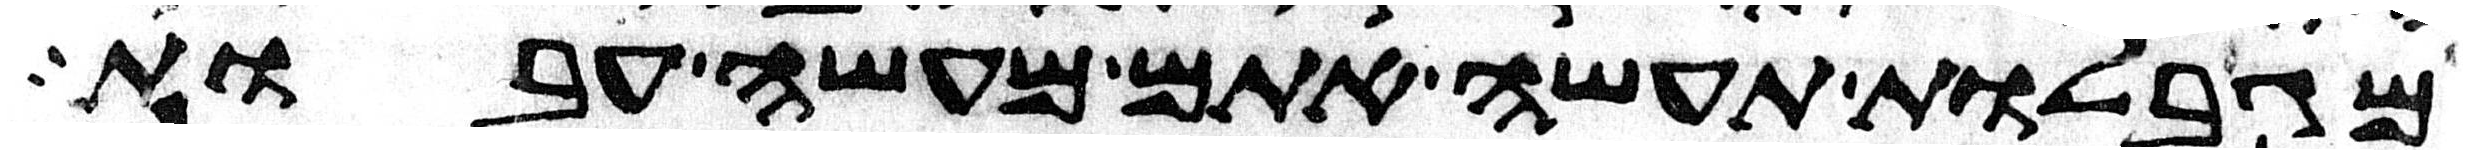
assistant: מגבלות תעשה אתם מעשה עבות